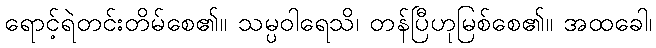
ရောင့်ရဲတင်းတိမ်စေ၏။ သမ္ပဝါရေသိ၊ တန်ပြီဟုမြစ်စေ၏။ အထခေါ၊